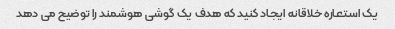
یک استعاره خلاقانه ایجاد کنید که هدف یک گوشی هوشمند را توضیح می دهد